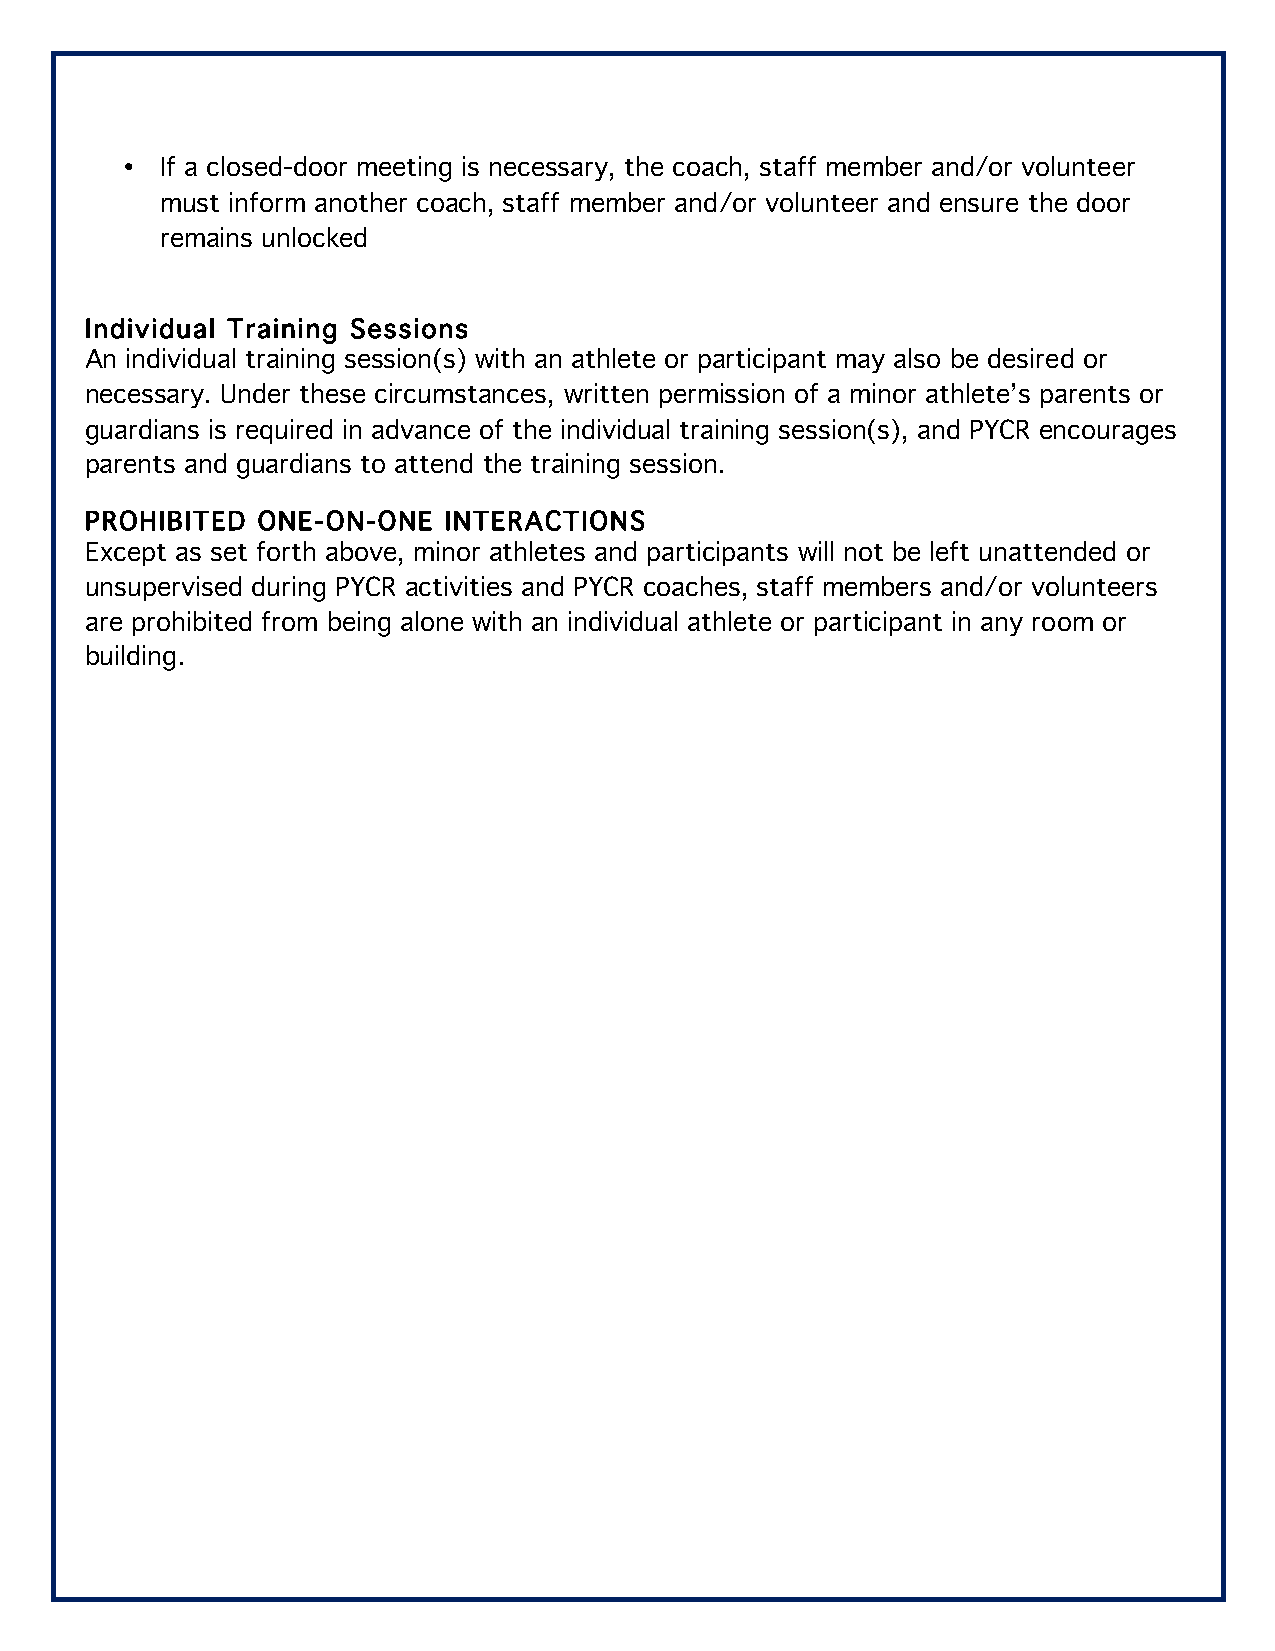
•  If a closed-door meeting is necessary, the coach, staff member and/or volunteer
 must inform another coach, staff member and/or volunteer and ensure the door
 remains unlocked
 Individual Training Sessions
 An individual training session(s) with an athlete or participant may also be desired or
 necessary. Under these circumstances, written permission of a minor athlete’s parents or
 guardians is required in advance of the individual training session(s), and PYCR encourages
 parents and guardians to attend the training session.
 PROHIBITED ONE-ON-ONE  INTERACTIONS
 Except as set forth above, minor athletes and participants will not be left unattended or
 unsupervised during PYCR activities and PYCR coaches, staff members and/or volunteers
 are prohibited from being alone with an individual athlete or participant in any room or
 building.